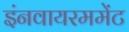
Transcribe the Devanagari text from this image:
इंनवायरममेंट